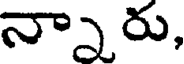
న్నారు,